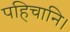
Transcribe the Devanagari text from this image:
पहिचानि।